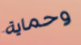
وحماية